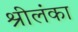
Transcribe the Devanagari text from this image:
श्रीलंंका